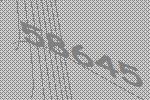
58645